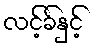
လင့်ခ်နှင့်